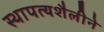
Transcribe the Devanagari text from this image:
स्थापत्यशैलीने